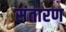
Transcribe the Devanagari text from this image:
संतारण